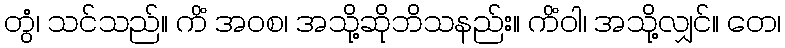
တွံ၊ သင်သည်။ ကိံ အဝစ၊ အသို့ဆိုဘိသနည်း။ ကိံဝါ၊ အသို့လျှင်။ တေ၊